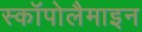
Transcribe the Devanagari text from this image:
स्कॉपोलैमाइन